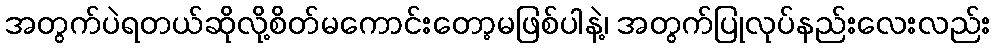
အတွက်ပဲရတယ်ဆိုလို့စိတ်မကောင်းတော့မဖြစ်ပါနဲ့၊ အတွက်ပြုလုပ်နည်းလေးလည်း